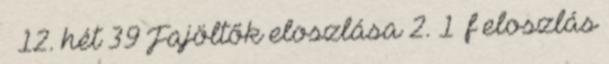
– 12. hét 39 Fajöltők eloszlása 2. 1 f eloszlás